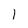
Character: l